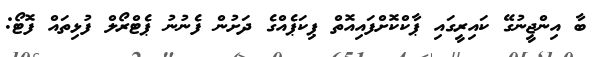
ބާ އިންޖީނުގޭ ކައިރީގައި ޕާކްކޮށްފައިއޮތް ޕިކަޕެއްގެ ދަށުން ފެނުނު ޕެޓްރޯލް ފުޅިތައް ފޮޓޯ: